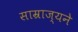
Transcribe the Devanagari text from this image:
साम्राज्यने